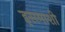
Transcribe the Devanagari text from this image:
इसमाशी